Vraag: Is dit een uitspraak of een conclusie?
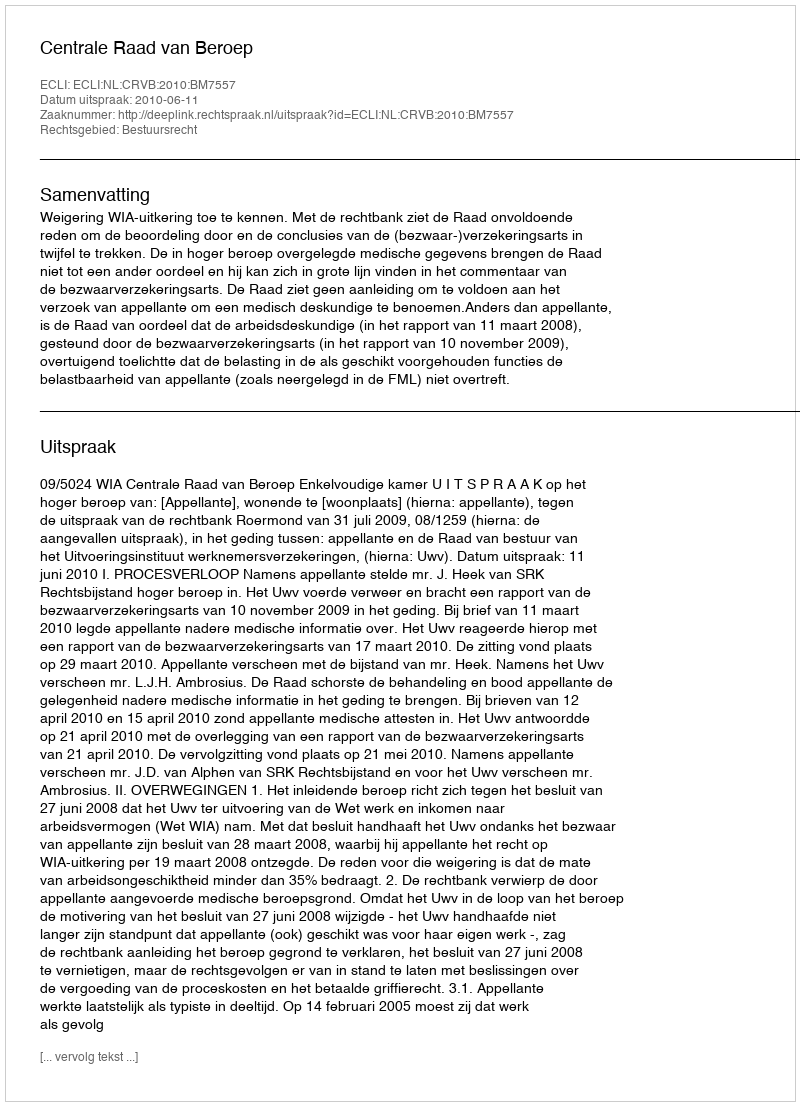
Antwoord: Uitspraak